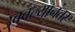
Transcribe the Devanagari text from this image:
उबवल्यानंतर